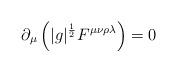
LaTeX: \begin{align*}\partial_{\mu} \left( |g|^{\frac{1}{2}} F^{\mu \nu \rho \lambda} \right) = 0\end{align*}